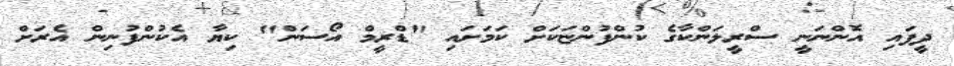
ދީފައި އޮންނަނީ ސްރީލަންކާގެ ކުންފުންޏަކަށް ކަމަށައި "ޑްރީމް އޯސަން" ކިޔާ އެކުންފުނިން އެރަށް